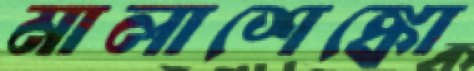
মালাশেঙ্কো